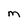
Character: m